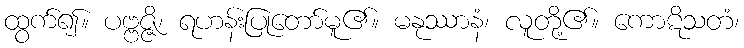
ထွက်၍။ ပဗ္ဗဇ္ဇိ၊ ရဟန်းပြုတော်မူ၏။ မနုဿာနံ၊ လူတို့၏။ ကောဋိသတံ၊